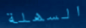
السهلة